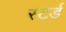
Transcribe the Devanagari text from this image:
स्टर्ड